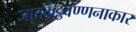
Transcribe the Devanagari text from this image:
जातकट्ठवण्णनाकार